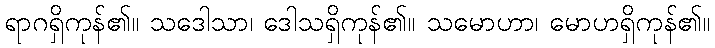
ရာဂရှိကုန်၏။ သဒေါသာ၊ ဒေါသရှိကုန်၏။ သမောဟာ၊ မောဟရှိကုန်၏။